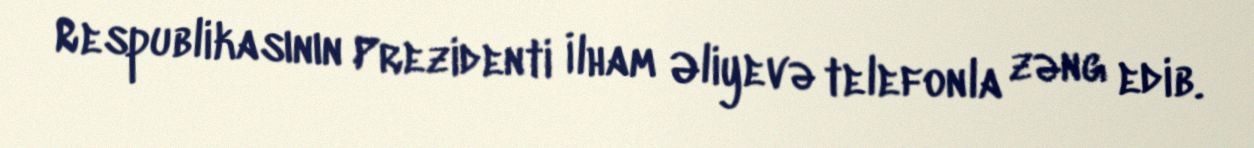
Respublikasının Prezidenti İlham Əliyevə telefonla zəng edib.